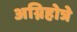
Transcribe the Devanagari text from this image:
अग्निहोत्रे